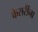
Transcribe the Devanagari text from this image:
केसरींना